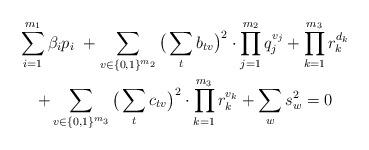
LaTeX: \begin{align*} \begin{gathered} \sum_{i=1}^{m_1} {}\beta_i p_i \ + \sum_{v\in \{0,1\}^{m_2}} \big( \sum_t b_{tv} \big)^2\cdot\prod_{j=1}^{m_2} q_j^{v_j} + \prod_{k=1}^{m_3}r_k^{d_k} \\ + \sum_{v\in \{0,1\}^{m_3}} \big( \sum_t c_{tv} \big)^2\cdot \prod_{k=1}^{m_3} r_k^{v_k} + \sum_w s_w^2 = 0 \end{gathered} \end{align*}